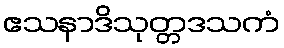
ဧသနာဒိသုတ္တဒသကံ